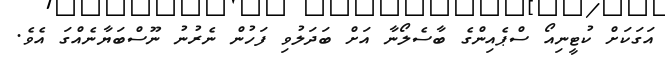
އަގަކަށް ކުޓީނިއޯ ސްޕެއިންގެ ބާސެލޯނާ އަށް ބަދަލުވި ފަހުން ނެރުނު ނޫސްބަޔާނެއްގަ އެވެ.